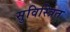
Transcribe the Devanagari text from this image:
सुविस्त्रित